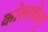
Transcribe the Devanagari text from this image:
कोलाकेल्